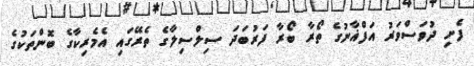
ފެށި ދުވަސްވަރު އަފްޣާނުގެ ތޯރާ ބޯރާ ފަރުބަދަ ސިލްސިލާގެ ތެރޭގައި އެމެރިކާގެ ބޮންތަކުގެ